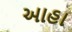
આહા